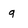
Character: g